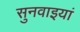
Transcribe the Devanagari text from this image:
सुनवाइयां